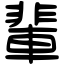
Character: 輩